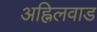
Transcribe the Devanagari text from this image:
अह्निलवाड